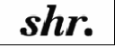
shr.